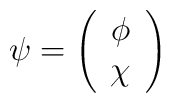
\psi =\left( \begin{array}{c}\phi \\ \chi\end{array}\right)